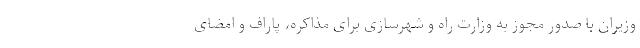
وزیران با صدور مجوز به وزارت راه و شهرسازی برای مذاکره، پاراف و امضای